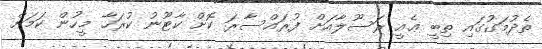
ތެދުމަގުގައި ތިބީ ޢެއީ ރަސޫލާއަށް ފުރައްސާރަ ކޮށް ކާޓޫނު ކުރަހާ މީހުން ކަމަށް